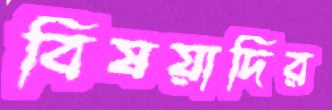
বিষয়াদির